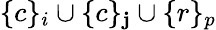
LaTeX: \{ c\} _{i}\cup\{ c\} _{\mathbf{j}}\cup\{ r\} _{p}